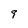
Character: 9